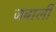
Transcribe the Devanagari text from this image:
जबाली